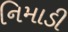
નિમાડી